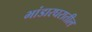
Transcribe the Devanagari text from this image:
भांडारघरातील